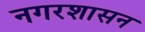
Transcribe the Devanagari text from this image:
नगरशासन